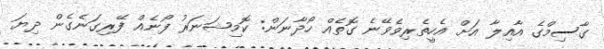
ގާސިމްގެ އާއިލާ އަށް އެހީތެރިވެވޭނެ ގޮތެއް ހޯދާނަން: ކޮމިޝަނަރު ފޯނެއް ފޭރިގަނެގެން ދިޔަ